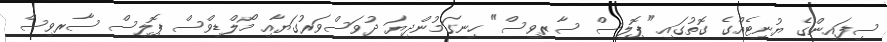
ސިފައިންގެ ޔުނިޓެއްގެ ގޮތުގައި "ޕޮލިސް ސާރވިސް" ހިނގަމުންދިޔަ ދުވަސްވަރުގަޔާއި މޯލްޑިވްސް ޕޮލިސް ސާރވިސް